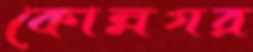
কোন্নগর